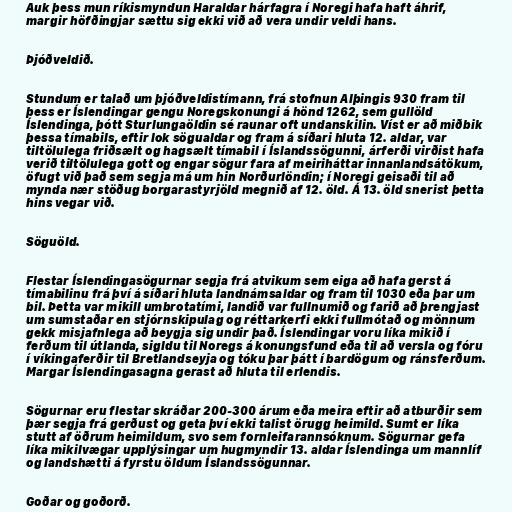
Auk þess mun ríkismyndun Haraldar hárfagra í Noregi hafa haft áhrif,
margir höfðingjar sættu sig ekki við að vera undir veldi hans.

Þjóðveldið.

Stundum er talað um þjóðveldistímann, frá stofnun Alþingis 930 fram til
þess er Íslendingar gengu Noregskonungi á hönd 1262, sem gullöld
Íslendinga, þótt Sturlungaöldin sé raunar oft undanskilin. Víst er að miðbik
þessa tímabils, eftir lok sögualdar og fram á síðari hluta 12. aldar, var
tiltölulega friðsælt og hagsælt tímabil í Íslandssögunni, árferði virðist hafa
verið tiltölulega gott og engar sögur fara af meiriháttar innanlandsátökum,
öfugt við það sem segja má um hin Norðurlöndin; í Noregi geisaði til að
mynda nær stöðug borgarastyrjöld megnið af 12. öld. Á 13. öld snerist þetta
hins vegar við.

Söguöld.

Flestar Íslendingasögurnar segja frá atvikum sem eiga að hafa gerst á
tímabilinu frá því á síðari hluta landnámsaldar og fram til 1030 eða þar um
bil. Þetta var mikill umbrotatími, landið var fullnumið og farið að þrengjast
um sumstaðar en stjórnskipulag og réttarkerfi ekki fullmótað og mönnum
gekk misjafnlega að beygja sig undir það. Íslendingar voru líka mikið í
ferðum til útlanda, sigldu til Noregs á konungsfund eða til að versla og fóru
í víkingaferðir til Bretlandseyja og tóku þar þátt í bardögum og ránsferðum.
Margar Íslendingasagna gerast að hluta til erlendis.

Sögurnar eru flestar skráðar 200-300 árum eða meira eftir að atburðir sem
þær segja frá gerðust og geta því ekki talist örugg heimild. Sumt er líka
stutt af öðrum heimildum, svo sem fornleifarannsóknum. Sögurnar gefa
líka mikilvægar upplýsingar um hugmyndir 13. aldar Íslendinga um mannlíf
og landshætti á fyrstu öldum Íslandssögunnar.

Goðar og goðorð.